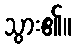
သွား၏။